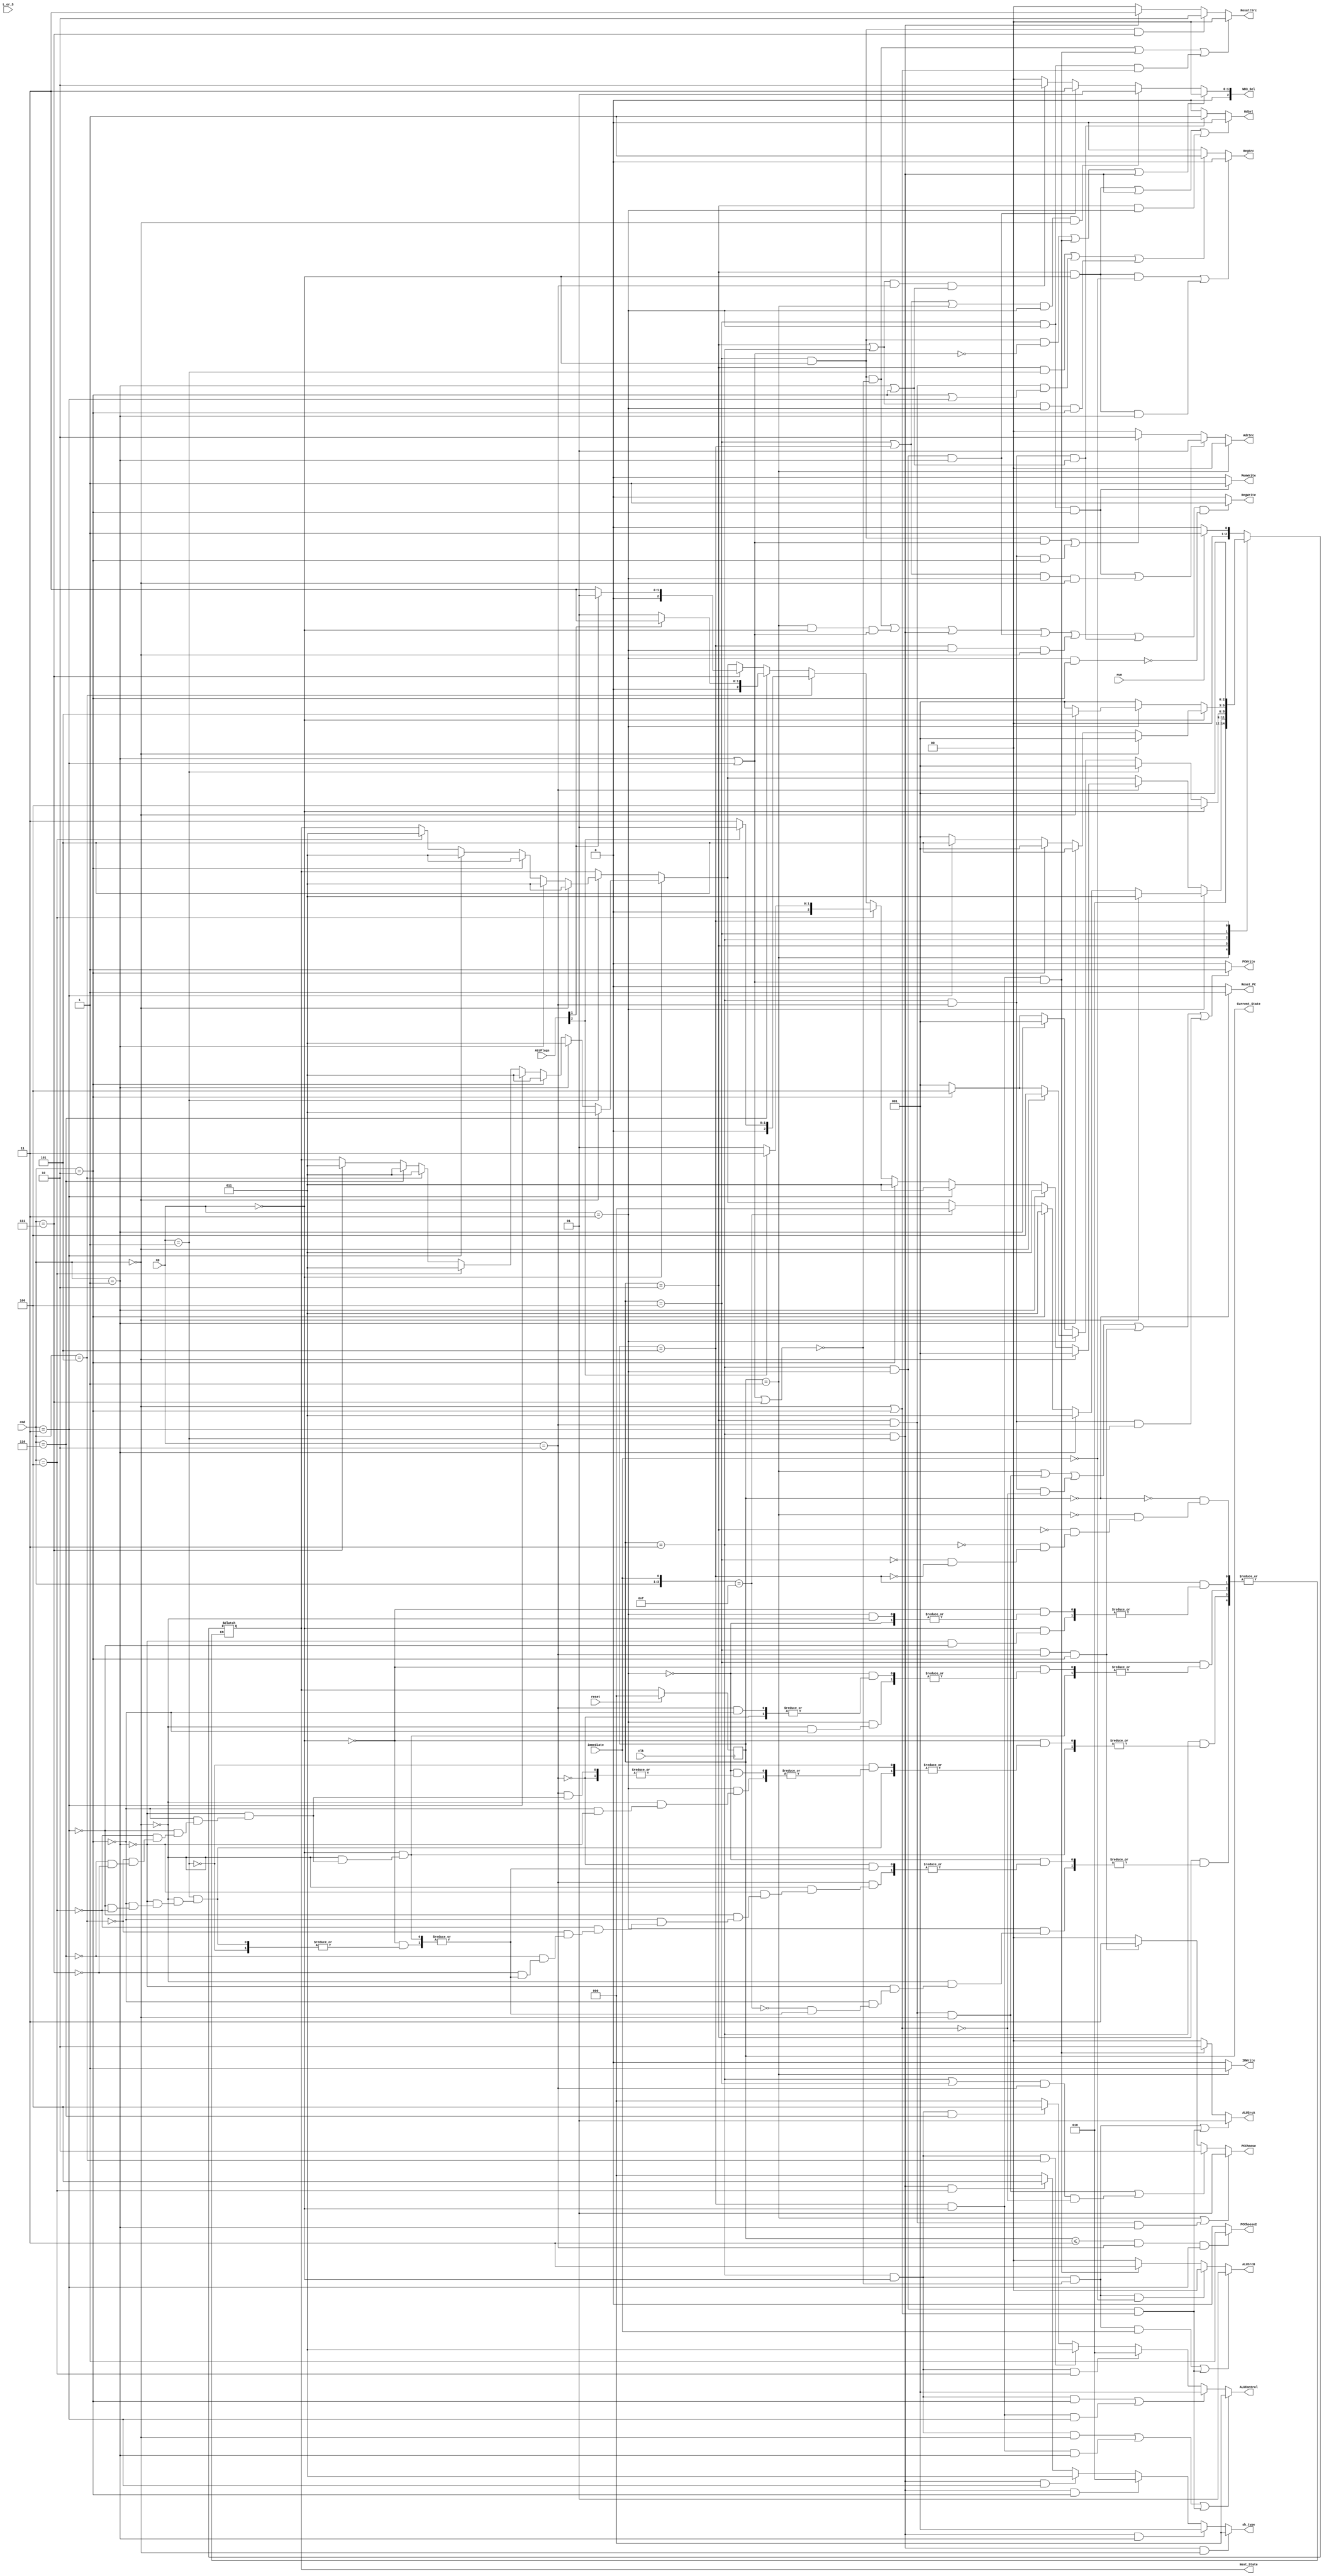
//Mustafa Destegul
//2109973
//intro_2008@hotmail.com

module Controller_Unit(clk,
							  reset,
							  run,
							  op,
							  immediate,
							  cmd,
							  L_or_S,
							  ALUFlags,
							  Reset_PC,
							  Current_State,
							  Next_State,
							  IRWrite,
							  RegSrc,
							  RdSel,
							  RegWrite,
							  PCChoose,
							  PCWrite,
							  MemWrite,
							  WD3_Sel,
							  sh_type,
							  ALUControl,
							  ALUSrcA,
							  ALUSrcB,
							  ResultSrc,
							  AdrSrc,
							  PCChoose2
							  );

//inputs
input clk;
input [1:0] op;
input [2:0] cmd;
input L_or_S;
input reset;
input run;
input immediate;
input [3:0] ALUFlags;

//Outputs
output [2:0] Current_State;
output [2:0] Next_State;
output wire Reset_PC;  // if reset is pressed ,PC=0 , goes to the very first instruction 
output wire IRWrite;
output wire RegWrite;
output wire PCWrite;
output wire RdSel;
output wire RegSrc;
output wire PCChoose2;
output wire MemWrite;
output wire [2:0] sh_type;
output wire [2:0] ALUControl,WD3_Sel;
output wire [1:0] ResultSrc,AdrSrc;
output wire [1:0] PCChoose,ALUSrcA,ALUSrcB;
//Other variables

parameter IDLE		  =3'b000;
parameter FETCH     =3'b001;
parameter DECODE    =3'b010;
parameter EXECUTE_C1=3'b011;
parameter EXECUTE_C2=3'b100;
parameter EXECUTE_C3=3'b101;



reg [2:0] Current_State;
reg [2:0] Next_State;

assign Reset_PC = Current_State==IDLE ? 1
					 : 0;  
assign IRWrite  = Current_State==FETCH ? 1	
					 : 0; 
assign PCWrite  =((Current_State==FETCH) || (Current_State==DECODE && op==2'b10 && cmd==3'b000) || (Current_State==EXECUTE_C1 && op==2'b10 && ~(cmd==3'b000 || cmd==3'b010)) || (Current_State==EXECUTE_C2 && op==2'b10 && cmd==3'b010) || (Current_State==EXECUTE_C1 && op==2'b10 && cmd==3'b011) )   ? 1
					 : 0; 
assign RegWrite =(((Current_State==EXECUTE_C2 && op==2'b00 && ~(cmd==3'b001 || cmd==3'b011 || cmd==3'b111)) || ( Current_State==FETCH && op==2'b00 && (cmd==3'b001 ||cmd==3'b011)) || (Current_State==EXECUTE_C1 && op==2'b01) || ((Current_State==EXECUTE_C1) && op==2'b11 && cmd==3'b001) || ( Current_State==EXECUTE_C3 && op==2'b11 && cmd==3'b000) || (Current_State==EXECUTE_C1 && op==2'b10 && (cmd==3'b010 || cmd==3'b001 ))) && (~(op==2'b11 && cmd==3'b010)))  ? 1  // if STR don't write to register again.
					 : 0;
assign RdSel    =((Current_State==DECODE &&  op==2'b00 /*(For all cmd)*/) || (Current_State==EXECUTE_C1 && op==2'b01 ) || (Current_State==DECODE &&  op==2'b11 /*(For all cmd)*/) )  ? 0 
					 :( Current_State==EXECUTE_C1 &&  op==2'b10 && (cmd==3'b001 || cmd==3'b010)) ? 1 
					 : 0;
assign PCChoose =(Current_State==FETCH || Current_State==DECODE && op==2'b10 && cmd==3'b001 ) ? 2'b01 
					 :((Current_State==DECODE && op==2'b10 && cmd==3'b000) || ((Current_State==EXECUTE_C1 || Current_State==EXECUTE_C2)  && op==2'b10 && ~(cmd==3'b000 || cmd==3'b010) ))  ? 2'b10 // for brach not for BIN, BX nad Bun 
					 :(Current_State==EXECUTE_C2 && op==2'b10 && cmd==3'b010) ? 2'b11
					 : 2'b00;
assign PCChoose2= Current_State<=EXECUTE_C1 && op==2'b10 && cmd==3'b011 ? 1
					 : 0;
assign AdrSrc   = Current_State==FETCH ? 2'b00
					 :(Current_State==EXECUTE_C2 && op==2'b11 && cmd==3'b010 || (Current_State==EXECUTE_C2 ||Current_State==EXECUTE_C3 ) && op==2'b11 && cmd==3'b000 )  ? 2'b01
					 :(Current_State==EXECUTE_C2 && op==2'b00 && (cmd==3'b001 || cmd==3'b011) || (Current_State==EXECUTE_C1 && op==2'b10 &&  cmd==3'b010) ) ? 2'b10
					 : 2'b00; 
															
assign ResultSrc=((Current_State==EXECUTE_C2 && op==2'b00 && ~(cmd==3'b001 || cmd==3'b011 || cmd==3'b111)) || ( Current_State==EXECUTE_C3 && op==2'b00 && (cmd==3'b001 ||cmd==3'b011)) || ( Current_State==EXECUTE_C2 && op==2'b11 && (cmd==3'b000 ||cmd==3'b010))) ? 2'b00
					 : (Current_State==EXECUTE_C2 && op==2'b00 && cmd==3'b111) ? 2'b10   // for clear
					 :	(Current_State==EXECUTE_C1 && op==2'b01) ? 2'b11  
					 : 2'b00;

assign RegSrc   =((Current_State==DECODE && op==2'b00 && /* For all cmd*/ ~immediate) || (Current_State==DECODE && op==2'b00 && cmd==3'b001))  ? 0
					 :((Current_State==DECODE && op==2'b01 /* For all cmd*/)  || (Current_State==DECODE   && op==2'b10 && (cmd==3'b010 || cmd==3'b011)) || ((Current_State==DECODE || Current_State==EXECUTE_C1 )&& op==2'b11 && cmd==3'b010))  ? 1 //  if branch indirect and BX exchange  
					 : 0;										  
assign ALUSrcA  =((Current_State==EXECUTE_C1  && op==2'b00 && ~(cmd==3'b001 || cmd==3'b011 || cmd==3'b111) ) || (Current_State==EXECUTE_C1 && op==2'b11 && (cmd==3'b000 || cmd==3'b010) ))? 2'b01 
					 :(Current_State==EXECUTE_C3 && op==2'b00 && (cmd==3'b001 || cmd== 3'b011)) ? 2'b10
					 : 2'b00;				 
					 
assign ALUSrcB	 =((Current_State==EXECUTE_C1 && op==2'b00 && ~(cmd==3'b001 || cmd==3'b011 || cmd==3'b111) && immediate ) || (Current_State==EXECUTE_C1 && op==2'b11 && (cmd==3'b000 || cmd==3'b010))) ? 2'b01 
					 :(Current_State==EXECUTE_C1 && op==2'b00 && ~(cmd==3'b001 || cmd==3'b011 || cmd==3'b111) && ~immediate) ? 2'b00
					 :(Current_State==EXECUTE_C3 && op==2'b00 && (cmd==3'b001 || cmd== 3'b011)) ? 2'b11 
					 /*: Current_State==EXECUTE1 && op==2'b10 && cmd==3'b001 ? 2'b10*/
					 : 2'b00;

assign ALUControl=((Current_State==EXECUTE_C1 && op==2'b00 && cmd==3'b000)|| (Current_State==EXECUTE_C3 && op==2'b00 && cmd==3'b001) || (Current_State==EXECUTE_C1 && op==2'b11 && (cmd==3'b000 || cmd==3'b010))) ? 3'b000
					 : ((Current_State==EXECUTE_C1 && op==2'b00 && cmd==3'b010)|| (Current_State==EXECUTE_C3 && op==2'b00 && cmd==3'b011)) ? 3'b001
					 :  (Current_State==EXECUTE_C1 && op==2'b00 && cmd==3'b100) ? 3'b010
					 :	 (Current_State==EXECUTE_C1 && op==2'b00 && cmd==3'b101)	? 3'b011
					 :  (Current_State==EXECUTE_C1 && op==2'b00 && cmd==3'b110) ? 3'b100 
					 : 3'b000;
					 /*:  (Current_State==EXECUTE_C1 && op==2'b00 && cmd==3'b111) ? 3'b101;*/ // No need since CLR operation is done by giving 0 to MUX not by ALU

assign WD3_Sel= ((Current_State==EXECUTE_C2 && op==2'b00 && ~(cmd==3'b001 || cmd==3'b011)) || ( Current_State==EXECUTE_C3 && op==2'b00 && (cmd==3'b001 ||cmd==3'b011)) || (Current_State==EXECUTE_C1 && op==2'b01 )) ? 3'b000 
					 :((Current_State==EXECUTE_C2 || Current_State==EXECUTE_C3 || Current_State==FETCH )  && op==2'b11 && cmd==3'b000) ? 3'b001
					 :(( Current_State==EXECUTE_C1) && op==2'b11 && cmd==3'b001) ? 3'b011
					 :(((Current_State==DECODE || Current_State==EXECUTE_C1) && op==2'b10 && (cmd==3'b001 || cmd==3'b010))) ? 3'b010
					 : 3'b000;

assign sh_type = Current_State==EXECUTE_C1 && op==2'b01 && cmd==3'b000 ? 3'b000 
					 :Current_State==EXECUTE_C1 && op==2'b01 && cmd==3'b001 ? 3'b001
					 :Current_State==EXECUTE_C1 && op==2'b01 && cmd==3'b010 ? 3'b010
					 :Current_State==EXECUTE_C1 && op==2'b01 && cmd==3'b011 ? 3'b011
					 :Current_State==EXECUTE_C1 && op==2'b01 && cmd==3'b100 ? 3'b100
					 : 3'b000;
					 
assign MemWrite=(Current_State==EXECUTE_C2 && op==2'b11 && cmd==3'b010) ? 1
					 : 0;
//----------Seq Logic-----------------------------
always @(posedge clk)
 begin : FSM_SEQ
   if (reset == 1'b1) begin
    Current_State <=   IDLE;
   end 
	else begin
    Current_State <=   Next_State;
   end
 end


always@(Current_State)
begin
	case(Current_State)
			IDLE:
				begin	
					if(run==1'b1) 
						begin
							Next_State<=FETCH;
													   								
						end
					else	
						begin
							Next_State<=IDLE;
									
						end
				end
			FETCH:
				begin
					
					//	PCChoose<=2'b01;		// PC+2
						//PCWrite<=1;
						//AdrSrc<=2'b00;	
						Next_State<=DECODE;	   								
				end
				
			DECODE:
				begin
					if(op==2'b00)						// Data processing operations 
						begin
							if(cmd==3'b000)    		//ADD
								begin
//									if(immediate)			// THIS SHADED AREAS FOR YOU TO UNDERSTAND WHICH AND WHERE CONTROL SIGNALS ARE ASSERTED.
//									RdSel<=0;				
//									else begin	
//								//	RdSel<=0;
//									RegSrc<=0;							
//									end
									Next_State <=EXECUTE_C1;
								end
							else if(cmd==3'b001)  // ADDI			// same for all other operations, normally no need to specfiy the cmd command since in all operatiosn RdSel=0 and RegSrc=0 but anyway :)
								begin
								//	RdSel<=0;
								//	RegSrc<=0;	
									Next_State <=EXECUTE_C1;
								end
							else if (cmd==3'b010)  // SUB								
									Next_State <=EXECUTE_C1;								
							
							else if(cmd==3'b011)  // SUBI

									Next_State <=EXECUTE_C1;
					
							else if (cmd==3'b100)  // AND
								
									Next_State <=EXECUTE_C1;
								
							else if (cmd==3'b101)  // ORR
								
									Next_State <=EXECUTE_C1;
								
							else if (cmd==3'b110)  // XOR
								
									Next_State <=EXECUTE_C1;
								
							else if (cmd==3'b111)  // CLR
								
									Next_State <=EXECUTE_C1;							
									
						end	
					else if(op==2'b01)					// shift operations
						begin
							if(cmd==3'b000)    		//RTL 
								begin
//									RegSrc<=1;													
									Next_State <=EXECUTE_C1;
								end
							else if(cmd==3'b001)  // RTR		// same for all other operations, normally no need to specfiy the cmd command 
								begin
								//	RegSrc<=1;	
									Next_State <=EXECUTE_C1;
								end
							else if (cmd==3'b010)  // SHL
								//	RegSrc<=1;
									Next_State <=EXECUTE_C1;								
							
							else if(cmd==3'b011)  // ASHR    // arithmetic shift riight
								//	RegSrc<=1;
									Next_State <=EXECUTE_C1;
								
							else if (cmd==3'b100)  // LSHR	// Logical shift riight
								//	RegSrc<=1;
									Next_State <=EXECUTE_C1;					
						end
					
					if(op==2'b11)
						begin
							if(cmd==3'b000)			//LDR operation. Loads from data memory to register file specified by destination register
								begin
						//			RdSel<=0;
									Next_State<=EXECUTE_C1;
								end
							else if (cmd==3'b001)	// MOV operation. it will load an immediate value to the destination register. just 2 cycle.
								begin
								//	RdSel<=0;
								//	WD3_Sel<=3'b011;
								// RegWrite<=1;
									Next_State<=EXECUTE_C1;
								
								end
							else if(cmd==3'b010)		// STR operation. The data in the destination register will be loaded to the Data/Instruction memory.
								begin
							//		RdSel<=0;
							//		RegSrc<=1;
									Next_State<=EXECUTE_C1;							
								end
							else if({cmd,immediate}==4'b1111)	//END; termination of the software go to IDLE stage...
								begin
									Next_State<=IDLE;
								end
						end
						
					else if(op==2'b10)
						begin
							if(cmd==3'b000)				//BUN. Branch unconditional.
								begin
									//PCChoose<=2;  
									//PCWrite<=1;
									Next_State<=FETCH;								
								end
							else if(cmd==3'b001)			//BL.
								begin
									
									//RdSel<=1;
									//WD3_Sel<=2;  //  
									Next_State<=EXECUTE_C1;							
								end
							else if(cmd==3'b011)			//BX
								begin
									//RegSrc<=1;
									Next_State<=EXECUTE_C1;
								end
							else if(cmd==3'b010)			//BIN
								begin
									//RegSrc<=1;
									//WD3_Sel<=3'b011;
									//RdSel<=1
									Next_State<=EXECUTE_C1;			
								end
							else if(cmd==3'b100)			//BEQ
								begin
									if(ALUFlags[2]==1'b1)   // if zero flag is set, take the branch, else not.
										Next_State<=EXECUTE_C1;
									else 
										Next_State<=FETCH;
								end
							else if(cmd==3'b101)			//BNE
								begin
									if(ALUFlags[2]==1'b0)   // if zero flag is not set, take the branch, else not.
										Next_State<=EXECUTE_C1;
									else 
										Next_State<=FETCH;		
								end
							else if(cmd==3'b110)
								begin
									if(ALUFlags[1]==1'b1)   // if carry flag is  set, take the branch, else not.
										Next_State<=EXECUTE_C1;
									else 
										Next_State<=FETCH;		
								end
							else if(cmd==3'b111)
								begin
									if(ALUFlags[1]==1'b0)   // if carry flag is not set, take the branch, else not.
										Next_State<=EXECUTE_C1;
									else 
										Next_State<=FETCH;		
								end
						
						
						
						end
					
					
					
					
					
				end
			EXECUTE_C1:
				begin
					if(op==2'b00)
						begin
							if(cmd==3'b000)					//ADD
								begin
//									if(immediate)
//										begin
//										ALUSrcA<=2'b01;
//										ALUSrcB<=2'b01;
//										ALUControl<=3'b000;
//										end
//									else 
//										begin
//										ALUSrcA<=2'b01;
//										ALUSrcB<=2'b00;
//										ALUControl<=3'b000;
//									   end
									Next_State <=EXECUTE_C2;
								end
							else if (cmd==3'b001)				//ADDI				
								begin			
									Next_State <=EXECUTE_C2;								
								end
							else if (cmd==3'b010)				//SUB
								begin
//									if(immediate)
//										begin
//										ALUSrcA<=2'b01;										Except ADDI and SUBI, all other process are same
//										ALUSrcB<=2'b01;
//										ALUControl<=3'b000;									For generalization, except cmd=001(andl) and cmd =011(subI) and cmd=111(clear)
//										end																immediate: 
//									else 																			ALUSrcA=01
//										begin																		ALUSrcb=01	
//										ALUSrcA<=2'b01;														ALUControl= CHANGES 
//										ALUSrcB<=2'b00;												R-Type : 
//										ALUControl<=3'b000;													ALUSrcA=01
//									   end																		ALUSrcb=01	
									Next_State <=EXECUTE_C2;								//				ALUControl= CHANGES 
								end
							else if (cmd==3'b011)					//SUBI
								begin			
									Next_State <=EXECUTE_C2;								
								end
							//For all other operation the 
							else if (cmd==3'b100)				//AND
								begin
									Next_State <=EXECUTE_C2;
								end
							else if (cmd==3'b101)				//ORR
								begin
									Next_State <=EXECUTE_C2;
								end
							else if (cmd==3'b110)				//XOR
								begin
									Next_State <=EXECUTE_C2;
								end
							else if (cmd==3'b111)				//CLR
								begin
									Next_State <=EXECUTE_C2;
									
								end
								
						end
					else if(op==2'b01)
						begin
							if(cmd==3'b000)						// RTL
								begin
//									sh_type<=3'b000;						// this control signals are all same for the other instruction but only sh_type is changing
//									ResultSrc<=2'b11;
//									RdSel<=0;
//									WD3_Sel<=3'b000;
								Next_State<=FETCH;
								end
							else if (cmd==3'b001)				//RTR
								begin			
									Next_State <=FETCH;								
								end
							//For all other operation the 
							else if (cmd==3'b010)				//SHL
								begin
									Next_State <=FETCH;
								end
							else if (cmd==3'b011)				//ASHR
								begin
									Next_State <=FETCH;
								end
							else if (cmd==3'b100)				//LSHR
								begin
									Next_State <=FETCH;
								end					
						end
					else if (op==2'b11)
						begin
							if(cmd==3'b000)						//LDR
								begin
								//	ALUSrcA<=1;
								//	ALUSrcB<=1;
								// ALUControl<=3'b000;
									Next_State<=EXECUTE_C2;
								end
							else if(cmd==3'b010)					// STR
								begin
								// 
								//	ALUSrcA<=1;
								//	ALUSrcB<=1;
								// ALUControl<=3'b000;
									Next_State<=EXECUTE_C2;	
								end
							else if(cmd==3'b001)
								begin
									Next_State<=FETCH;
								end
						end
					else if(op==2'b10)
						begin	
							if(cmd==3'b001)			//BL.
								begin
								//PCChoose<=2;
								//PCWrite<=1;
								//RegWrite<=1;
								   Next_State<=FETCH;							
								end
							else if(cmd==3'b010)	  //BIL
								begin
								//adrSrc<=2;
								//RegWrite<=1;
									Next_State<=EXECUTE_C2;
								end
							else if(cmd==3'b011)	  //BX
								begin
								//PCChoose2<=1;
									Next_State<=FETCH;
								end
							else if(cmd==3'b100)		//BEQ
								begin
								//PCChoose<=2;
								//PCWrite<=1;
								//RegWrite<=1;
								   Next_State<=FETCH;	
								end
							else if(cmd==3'b101)		//BNE
								begin
								//PCChoose<=2;
								//PCWrite<=1;
								//RegWrite<=1;
								   Next_State<=FETCH;	
								end
							else if(cmd==3'b110)		//BCS
								begin
								//PCChoose<=2;
								//PCWrite<=1;
								//RegWrite<=1;
								   Next_State<=FETCH;	
								end
							else if(cmd==3'b111)		//bcc
								begin
								//PCChoose<=2;
								//PCWrite<=1;
								//RegWrite<=1;
								   Next_State<=FETCH;	
								end							
						end
				
				end
			EXECUTE_C2:
				begin
					if(op==2'b00)									// Data processing
						begin
							if(cmd==3'b000)
								begin									// since for both imm and Rm will be written in the same way to the register 
									//ResultSrc<=2'd0;
									//WD3_Sel  <=3'd0;
									Next_State <=FETCH; //  
								end
						
							else if(cmd==3'b001)					// ADD indirect															**	FOR cmd==111,ResultSrc==2 should be given to select the mux output as 0
								begin
									
									//AdrSrc<=2'b10;						// the address is chosen pointed by Rm reg.
									Next_State <=EXECUTE_C3;	
								end
							else if(cmd==3'b010)					//SUB
								begin
									//ResultSrc<=2'd0 yazlacak. 
									//WD3_Sel  <=3'd0;
									Next_State <=FETCH; //  
								end
							else if(cmd==3'b011)					// SUB indirect	
								begin	
									//AdrSrc<=2'b10;						// the address is chosen pointed by Rm reg.
									Next_State <=EXECUTE_C3;
								end
							else if(cmd==3'b100)					//AND
								
									Next_State <=FETCH; //  
							
							else if(cmd==3'b101)					//ORR
							
									Next_State <=FETCH; //  
							
							else if(cmd==3'b110)					//XOR
								
									Next_State <=FETCH; //  
													
							
							else if(cmd==3'b111)					//CLR
									//ResultSrc<=2'd2 yazlacak. 
									//WD3_Sel  <=3'd0;
									Next_State <=FETCH;
						end
					else if(op==2'b11)
						begin
							if(cmd==3'b000)						//LDR
								begin
									//ResultSrc<=0;
									//AdrSrc<=1;
									Next_State<=EXECUTE_C3;				
								end
							else if (cmd==3'b010)					// STR
								begin
									//ResultSrc<=0;
									//AdrSrc<=1;
									//MemWrite<=1
									Next_State<=FETCH;		
								end
						end
					else if(op==2'b10)
						begin
							if(cmd==3'b010)		//BIL
								begin
									//PCChoose<=3;
									//PCWrite<=1
									Next_State<=FETCH;
								end
						end
				end							
			EXECUTE_C3:							// Extra cycle for indirect operations ADDI and SUBI and LDR operation
				begin
					if(op==2'b00)
						begin
							if(cmd==3'b001)     			// ADD indirect. 1 cycle extra to take data from the memory
								begin
									//ALUSrcA<=2'b10;
									//ALUSrcB<=2'b11;
									//ALUControl<=3'b000;
									//ResultSrc<=2'b00;
									//WD3_Sel  <=3'b000;
									Next_State <=FETCH;											
								end
							else if(cmd==3'b011)			// SUB indirect
								begin
									//ALUSrcA<=2'b10;
									//ALUSrcB<=2'b11;
									//ALUControl<=3'b001;
									//ResultSrc<=2'b00;
									//WD3_Sel  <=3'b000;
									Next_State <=FETCH;	
		
								end
						 end	
	
					else if(op==2'b11)
						begin
							if(cmd==3'b000)
								begin
								//WD3_Sel<=1;
								//RegWrite<=1;
									Next_State<=FETCH;
								end
						
						end
				
				end
	
	
	
	endcase

end


endmodule